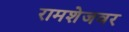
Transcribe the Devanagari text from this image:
रामशेजवर